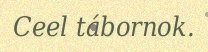
Ceel tábornok.